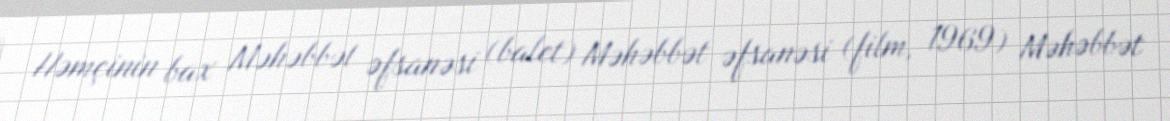
Həmçinin bax Məhəbbət əfsanəsi (balet) Məhəbbət əfsanəsi (film, 1969) Məhəbbət